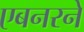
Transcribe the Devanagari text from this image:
एबनरने